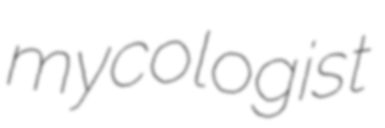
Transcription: mycologist